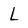
Character: l